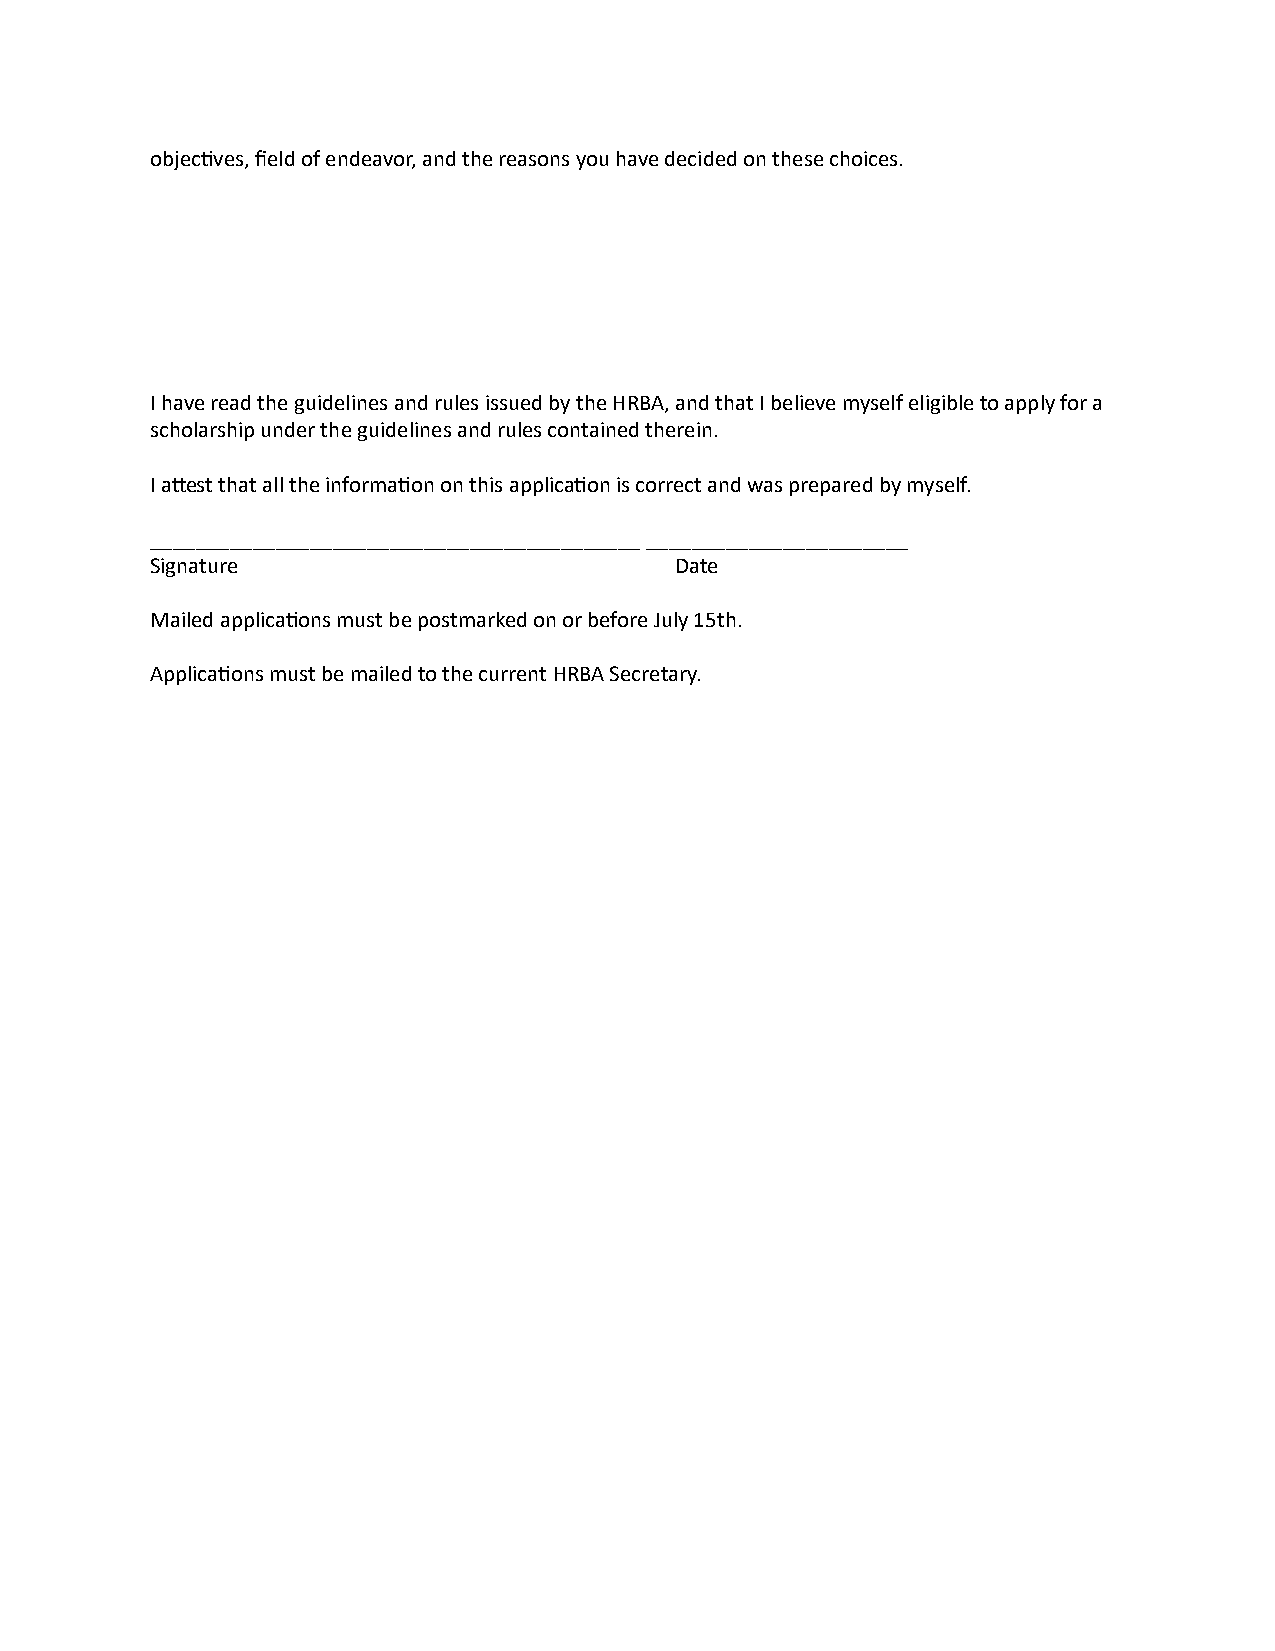
objec2ves, field of endeavor, and the reasons you have decided on these choices.
 I have read the guidelines and rules issued by the HRBA, and that I believe myself eligible to apply for a
 scholarship under the guidelines and rules contained therein.
 I aIest that all the informa2on on this applica2on is correct and was prepared by myself.
 ___________________________________________ _______________________
 Signature                          Date
 Mailed applica2ons must be postmarked on or before July 15th.
 Applica2ons must be mailed to the current HRBA Secretary.